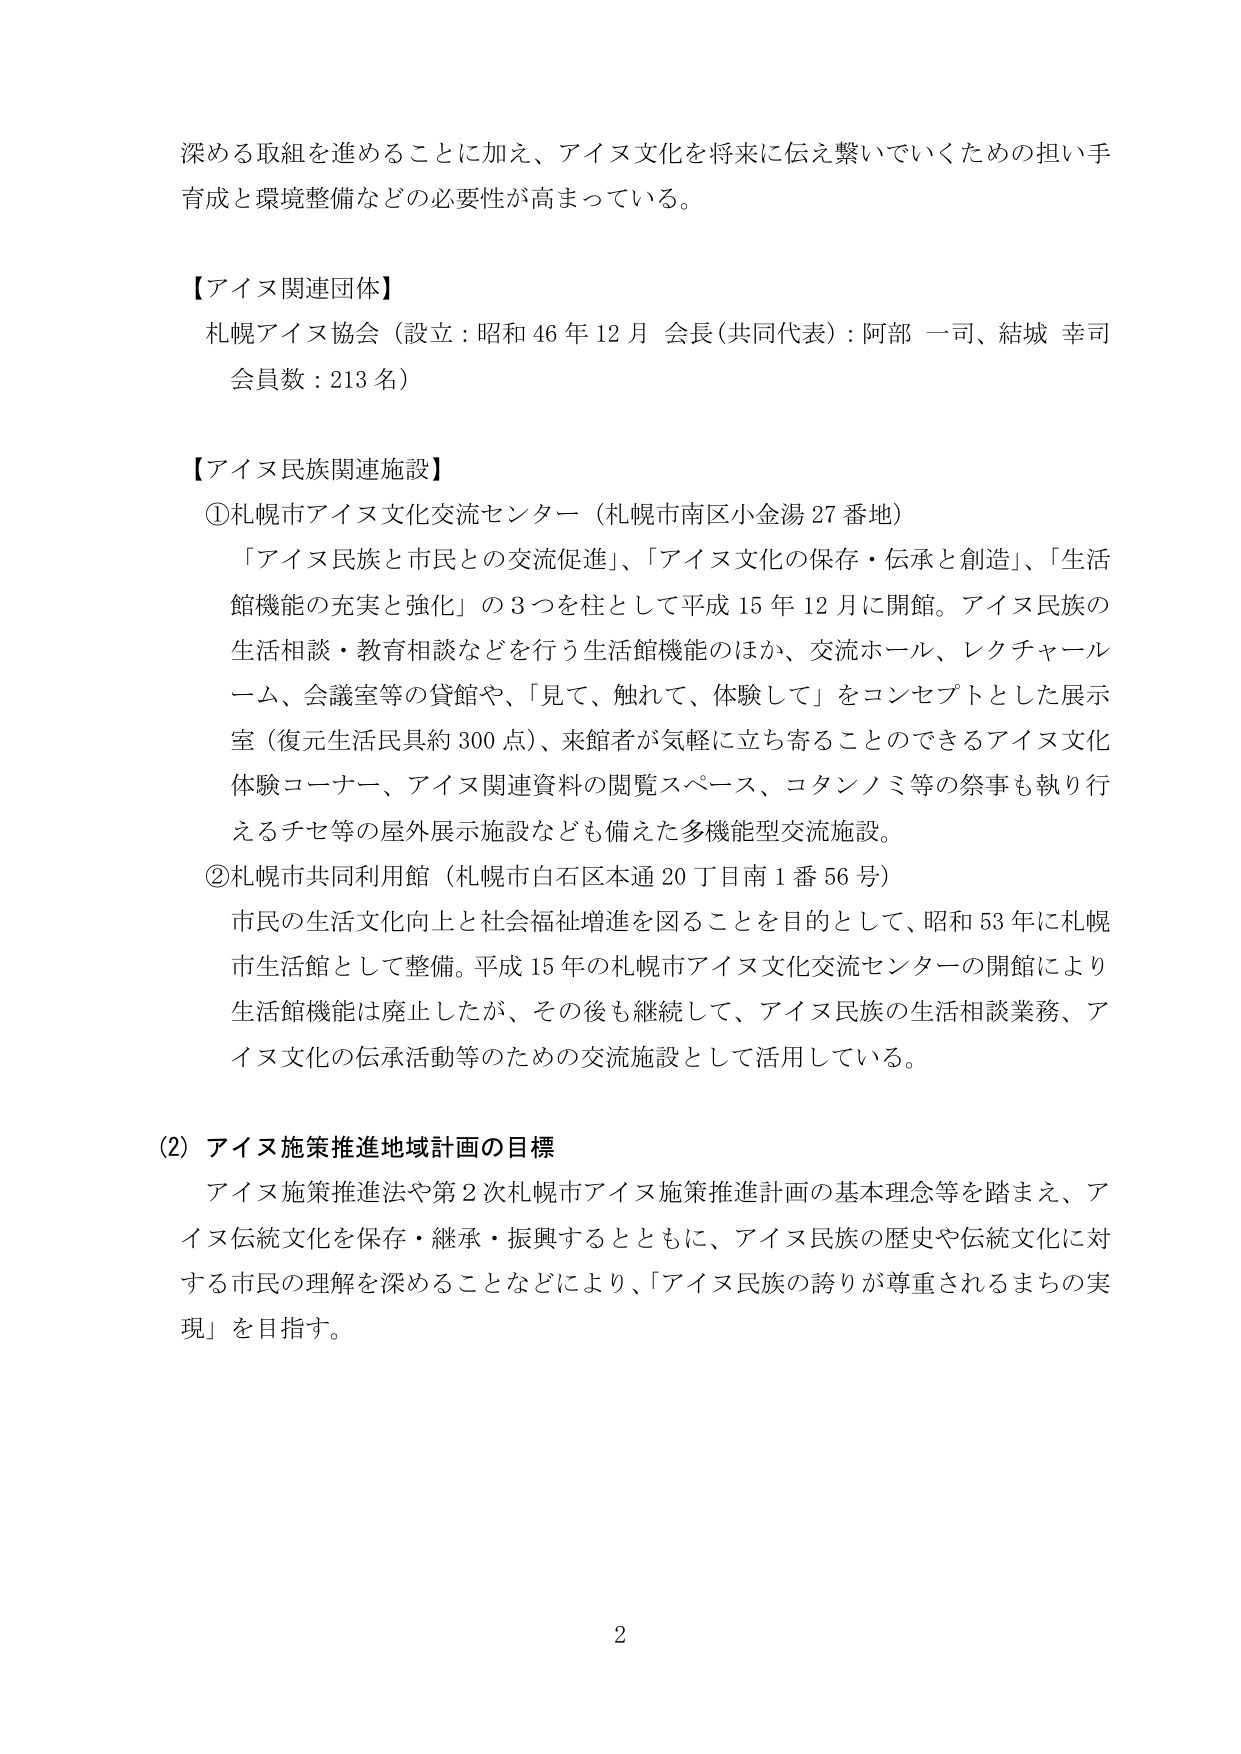
深める取組を進めることに加え、アイヌ文化を将来に伝え繋いでいくための担い手育成と環境整備などの必要性が高まっている。

【アイヌ関連団体】
札幌アイヌ協会（設立：昭和46年12月 会長(共同代表)：阿部 一司、結城 幸司 会員数：213名）

【アイヌ民族関連施設】
①札幌市アイヌ文化交流センター（札幌市南区小金湯27番地）
「アイヌ民族と市民との交流促進」、「アイヌ文化の保存・伝承と創造」、「生活館機能の充実と強化」の3つを柱として平成15年12月に開館。アイヌ民族の生活相談・教育相談などを行う生活館機能のほか、交流ホール、レクチャールーム、会議室等の貸館や、「見て、触れて、体験して」をコンセプトとした展示室（復元生活具具約300点）、来館者が気軽に立ち寄ることのできるアイヌ文化体験コーナー、アイヌ関連資料の閲覧スペース、コタンノミ等の祭事も執り行えるチセ等の屋外展示施設なども備えた多機能型交流施設。
②札幌市共同利用館（札幌市白石区本通20丁目南1番56号）
市民の生活文化向上と社会福祉増進を図ることを目的として、昭和53年に札幌市生活館として整備。平成15年の札幌市アイヌ文化交流センターの開館により生活館機能は廃止したが、その後も継続して、アイヌ民族の生活相談業務、アイヌ文化の伝承活動等のための交流施設として活用している。

(2) アイヌ施策推進地域計画の目標
アイヌ施策推進法や第2次札幌市アイヌ施策推進計画の基本理念等を踏まえ、アイヌ伝統文化を保存・継承・振興するとともに、アイヌ民族の歴史や伝統文化に対する市民の理解を深めることなどにより、「アイヌ民族の誇りが尊重されるまちの実現」を目指す。

2